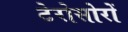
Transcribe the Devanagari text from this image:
टेरोसोरों